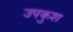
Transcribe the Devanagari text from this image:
उपकुश